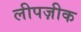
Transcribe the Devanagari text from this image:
लीपज़ीक